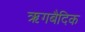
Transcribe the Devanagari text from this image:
ऋगबैदिक